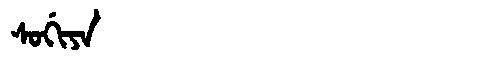
Manchu: ᠰᠣᡤᡳᠶᠠ
Romanization: SOGIYA